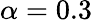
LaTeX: \alpha=0.3